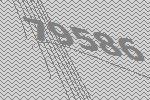
79586